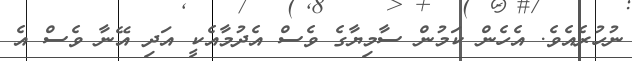
ނުހުރެއެވެ. އެހެން ކަމުން ސާމިޔާގެ ވެސް އެދުމާއެކީ އަދި އޭނާ ވެސް އެ